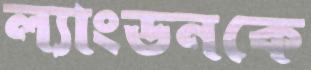
ল্যাংডনকে